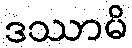
ဒဿာမိ